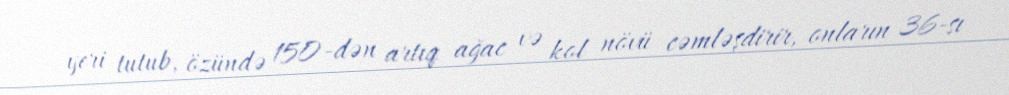
yeri tutub, özündə 150-dən artıq ağac və kol növü cəmləşdirir, onların 36-sı